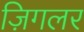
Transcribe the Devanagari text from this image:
ज़िगलर